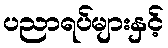
ပညာရပ်များနှင့်